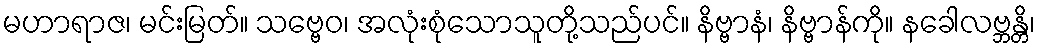
မဟာရာဇ၊ မင်းမြတ်။ သဗ္ဗေဝ၊ အလုံးစုံသောသူတို့သည်ပင်။ နိဗ္ဗာနံ၊ နိဗ္ဗာန်ကို။ နခေါလဗ္ဘန္တိ၊